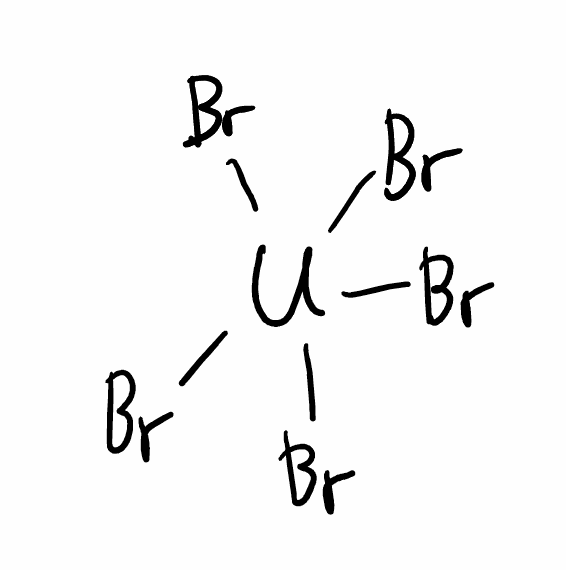
Simplified molecular-input line-entry system (SMILES) notation of the given molecule:
Br[U](Br)(Br)(Br)Br